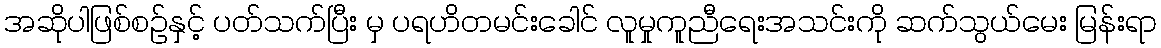
အဆိုပါဖြစ်စဉ်နှင့် ပတ်သက်ပြီး မှ ပရဟိတမင်းခေါင် လူမှုကူညီရေးအသင်းကို ဆက်သွယ်မေး မြန်းရာ